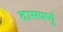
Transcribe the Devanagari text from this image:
दासपणुं